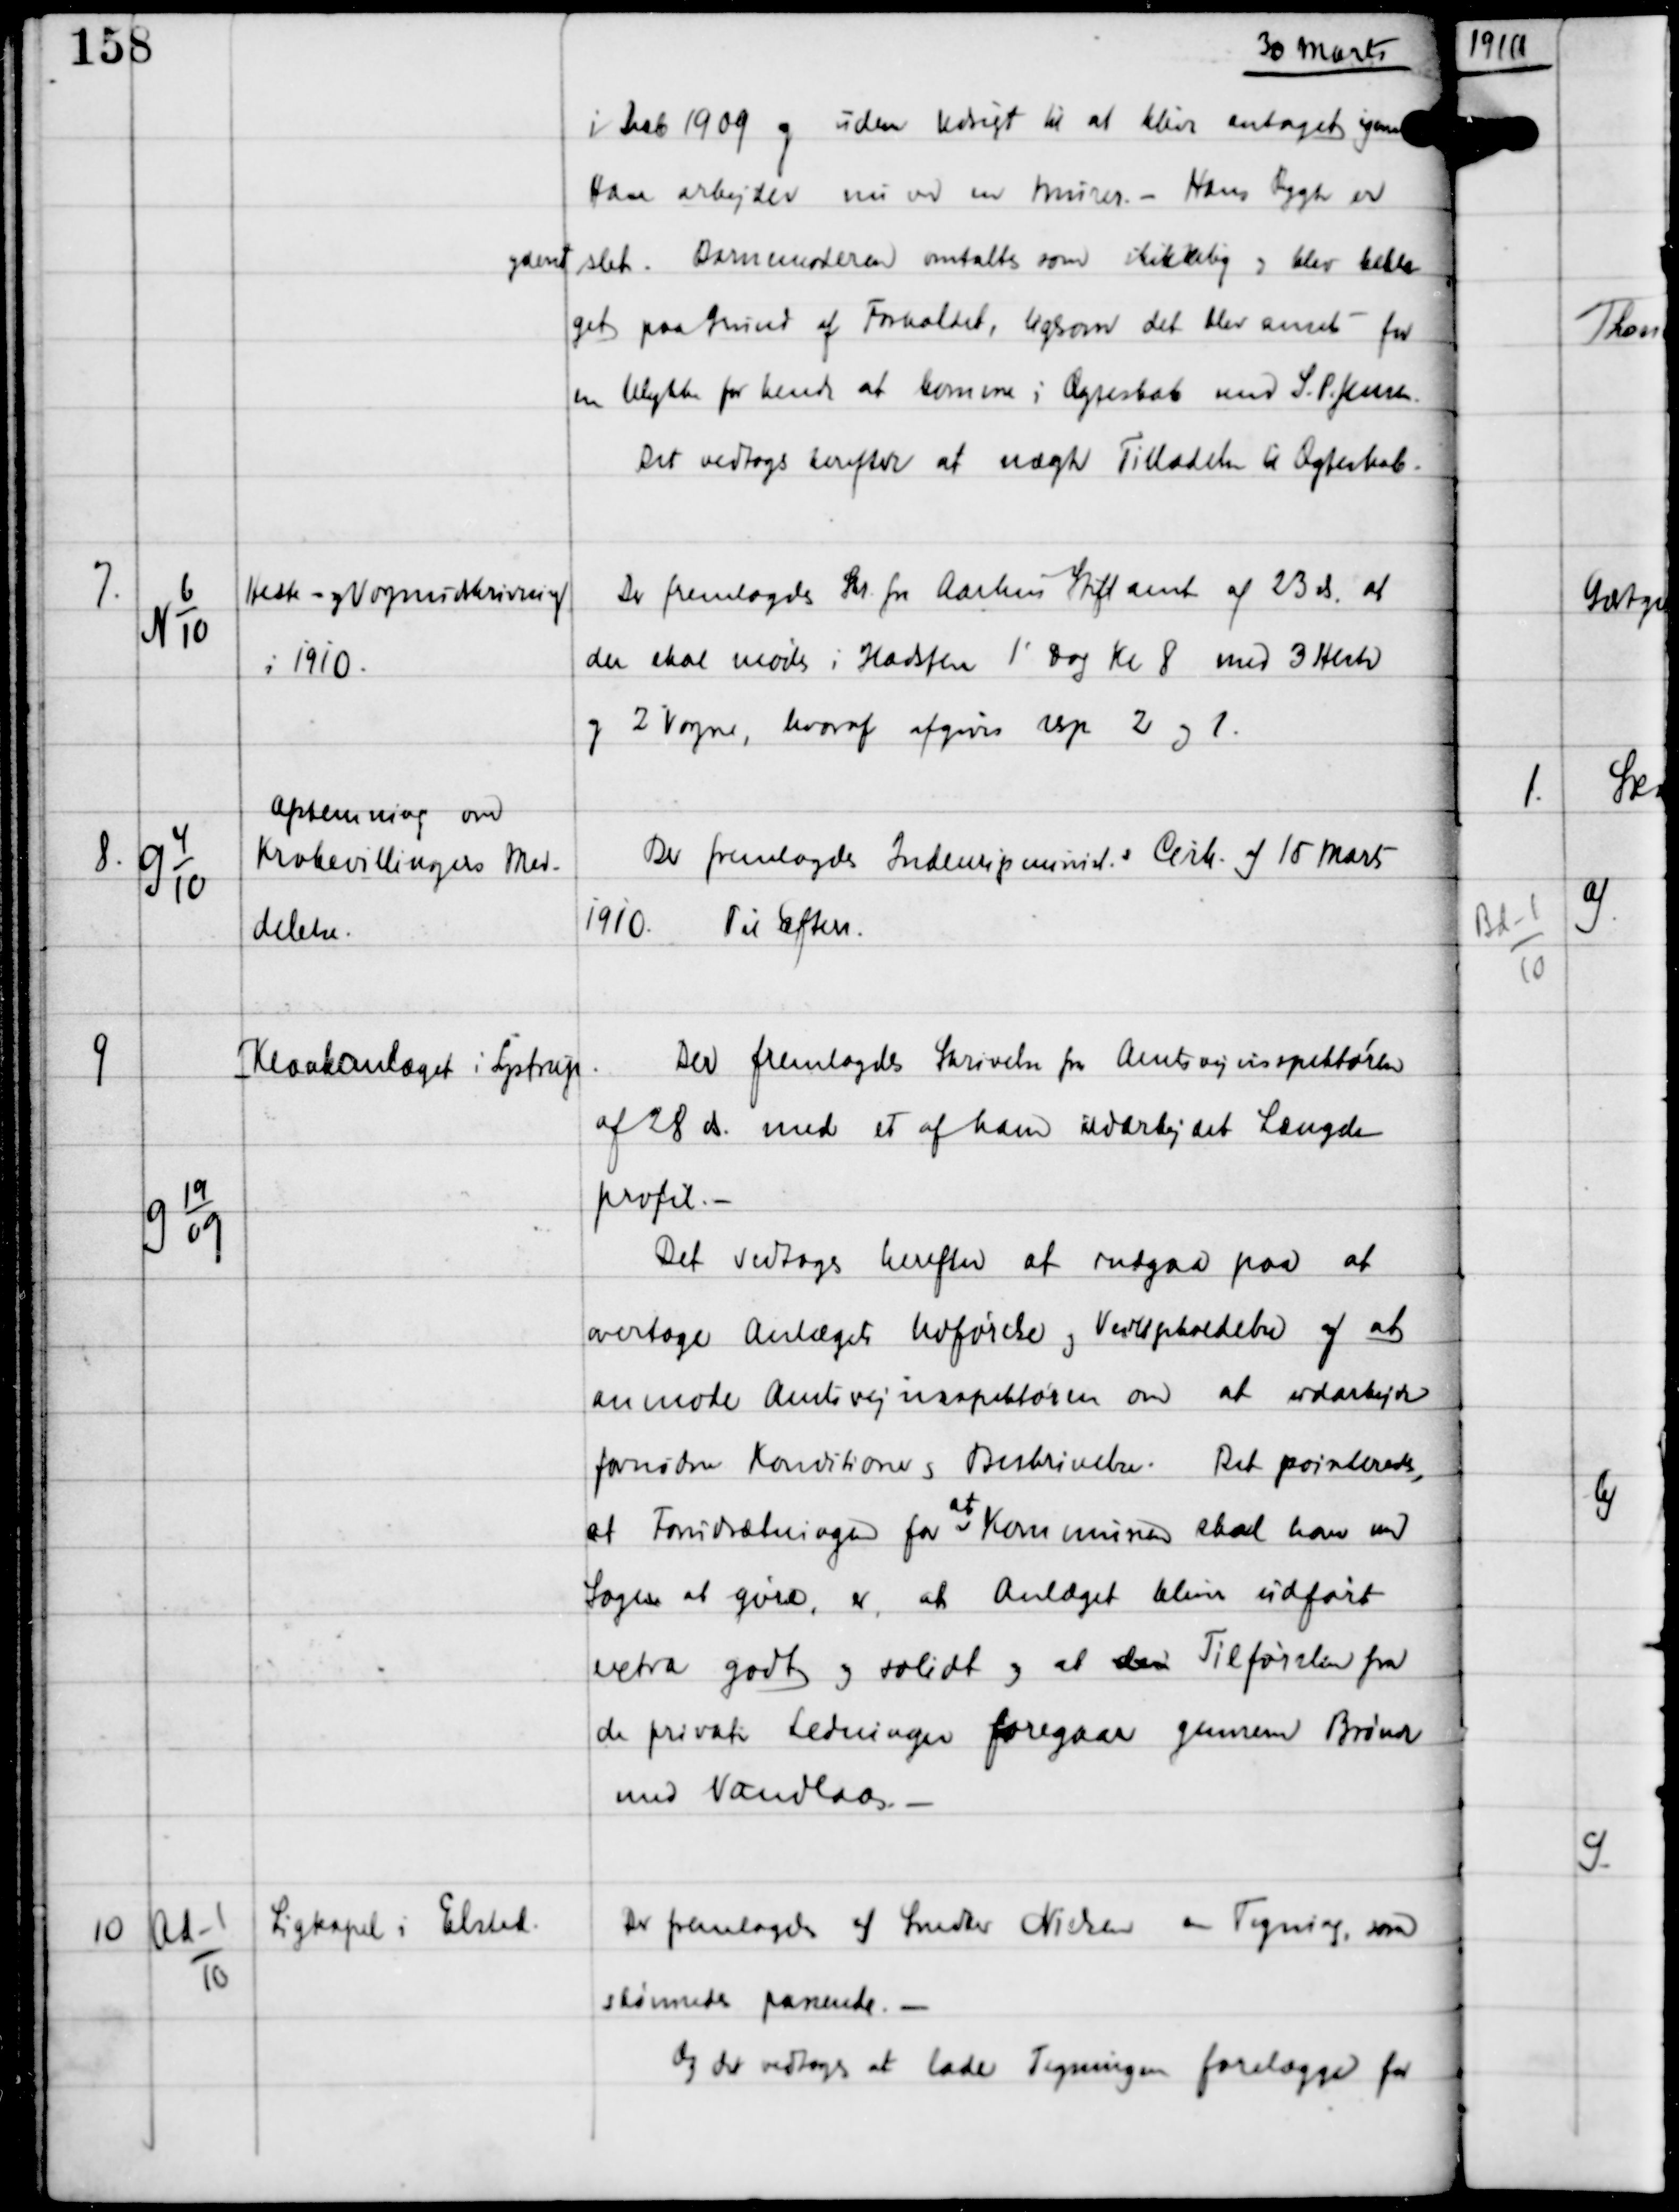
Transskription:
30 Marts

i Decb 1909 og uden Udsigt til at blive antaget igen
Han arbejder nu ved en Murer. - Hans Rygte er
yderst slet. Barnemoderen omtaltes som skikkelig og blev bekla-
get paa Grund af Forholdet, ligesom det blev anset for
en Ulykke for hende at komme i Ægteskab med S. P. Jensen
Det vedtoges herefter at nægte Tilladelse til Ægteskab.

7.

N 6
10

Heste- og Vognudskrivning
i 1910

Der fremlagdes Skr fra Aarhus Stiftamt af 23 ds, at
der skal mødes i Hadsten 1' Dag Kl 8 med 3 Heste
og 2 Vogne, hvoraf afgives rsp 2 og 1.

8.

G 4
10

Afstemning om
Krobevillingers Med-
delelse.

Der fremlagdes Indenrigsminist s Cirk af 15 Marts
1910.
Til Efter.

9

G 19
09

Kloakanlæget i Lystrup

Der fremlagdes Skrivelse fra Amtsvejinspektøren
af 28 ds. med et af ham udarbejdet Længde-
profil. -
Det vedtoges herefter at indgaa paa at
overtage Anlægets Udførelse og Vedligeholdelse og at
anmode Amtsvejinspektøren om at udarbejde
fornødne Konditioner og Beskrivelser. Det pointeredes,
at forudsætningen for
at
Kommunen skal have med
Sagen at gøre, er at Anlæget bliver udført
extra godt og solidt og at den Tilførslen fra
de private Ledninger foregaar gennem Brønde
med Vandlaas. -

10

Ad-1
10

Ligkapel i Elsted.

Der fremlagdes af Snedker Nielsen en Tegning som
skønnedes passende. -
Og det vedtoges at lade Tegningen forelægge for